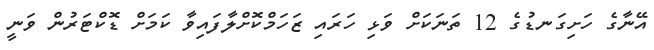
އޭނާގެ ހަށިގަނޑުގެ 12 ތަނަކަށް ވަޅި ހަރައި ޒަހަމްކޮށްލާފައިވާ ކަމަށް ޑޮކްޓަރުން ވަނީ